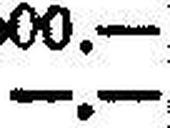
—.—